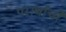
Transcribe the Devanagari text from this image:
परार्थाची